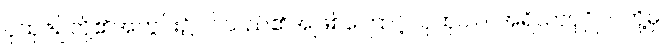
ပုထုဇဉ်တို့၏အတွင်း၌ဝင်သည်၏အဖြစ်ကြောင့်။ ပုထုဝါဝ၊ အရိယာပုဂ္ဂိုလ်တို့မှ